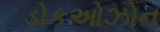
ડોકઓઝોન